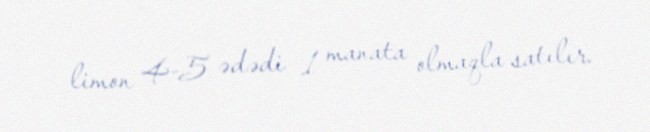
limon 4-5 ədədi 1 manata olmaqla satılır.